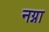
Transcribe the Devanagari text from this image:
नग्ना